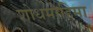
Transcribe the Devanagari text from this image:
शोधमोहिमा